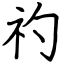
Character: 礿